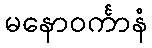
မနောဝင်္ကာနံ